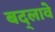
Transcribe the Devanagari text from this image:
बद्लावे